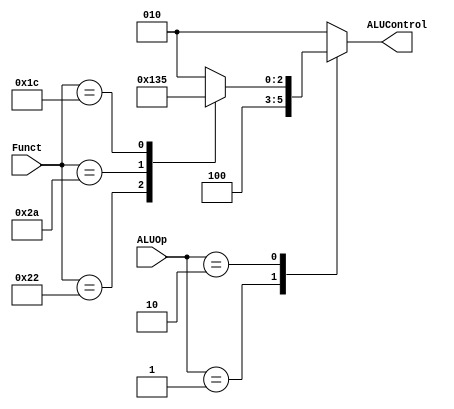
`timescale 1ns / 1ps
//////////////////////////////////////////////////////////////////////////////////
// Company: 
// Engineer: 
// 
// Design Name: 
// Module Name: ALUDecoder
// Project Name: 
// Target Devices: 
// Tool Versions: 
// Description: 
// 
// Dependencies: 
// 
// Revision:
// Revision 0.01 - File Created
// Additional Comments:
// 
//////////////////////////////////////////////////////////////////////////////////


module ALUDecoder(
input [1:0]ALUOp,
input [5:0]Funct,
output reg [2:0]ALUControl
    );
    always@(ALUOp,Funct)
    begin
    ALUControl=3'b010;
      case(ALUOp)
      2'b00:ALUControl=3'b010;
      2'b01:ALUControl=3'b100;
      2'b10:
        begin
          case(Funct)
          6'b100000:ALUControl=3'b010;
          6'b100010:ALUControl=3'b100;
          6'b101010:ALUControl=3'b110;
          6'b011100:ALUControl=3'b101;
          default:ALUControl=3'b010;
          endcase
        end
      default:ALUControl=3'b010;
      endcase
    end
endmodule